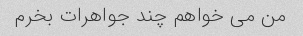
من می خواهم چند جواهرات بخرم